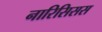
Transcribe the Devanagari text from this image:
नारिसिसस